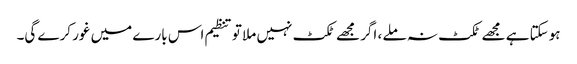
ہوسکتا ہے مجھے ٹکٹ نہ ملے ، اگر مجھے ٹکٹ نہیں ملا تو تنظیم اس بارے میں غور کرے گی۔